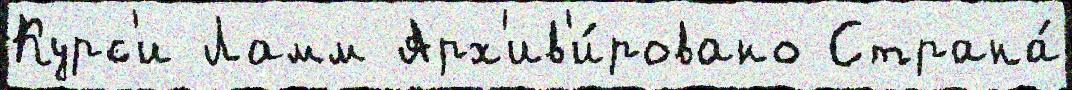
Курс'и Ламм Арх'ив'и́ровано Страна́